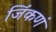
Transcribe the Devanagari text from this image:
जिंकणं